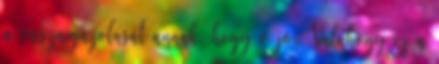
a visszaigazolását annak, hogy ő jó. Valahogy ez a